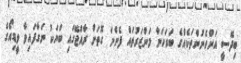
ބިދޭސީ އަންހެނުންތަކެއްގެ ބަރަހަނާ މަންޒަރުތައް ފެންނަ ގޮތަށް ރާއްޖޭގައި ބަޔަކު ނަގާފައިވާ ވީޑިއޯގެ